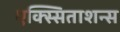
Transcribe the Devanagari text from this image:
एक्स्सिताशन्स